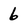
Character: 6